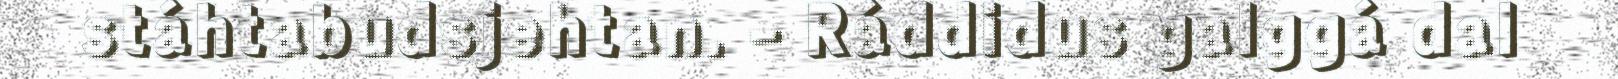
stáhtabudsjehtan. - Ráddidus galggá dal